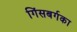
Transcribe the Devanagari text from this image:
गिंसबर्गका